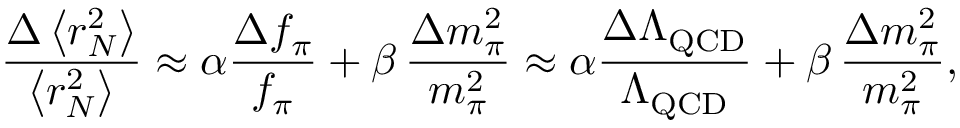
\frac { \Delta \left< r _ { N } ^ { 2 } \right> } { \left< r _ { N } ^ { 2 } \right> } \approx \alpha \frac { \Delta f _ { \pi } } { f _ { \pi } } + \beta \, \frac { \Delta m _ { \pi } ^ { 2 } } { m _ { \pi } ^ { 2 } } \approx \alpha \frac { \Delta \Lambda _ { \mathrm { Q C D } } } { \Lambda _ { \mathrm { Q C D } } } + \beta \, \frac { \Delta m _ { \pi } ^ { 2 } } { m _ { \pi } ^ { 2 } } ,